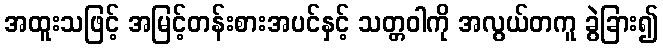
အထူးသဖြင့် အမြင့်တန်းစားအပင်နှင့် သတ္တဝါကို အလွယ်တကူ ခွဲခြား၍